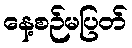
နေ့စဉ်မပြတ်